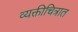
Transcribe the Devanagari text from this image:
व्यक्तीचित्रात